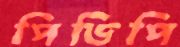
পিডিপি